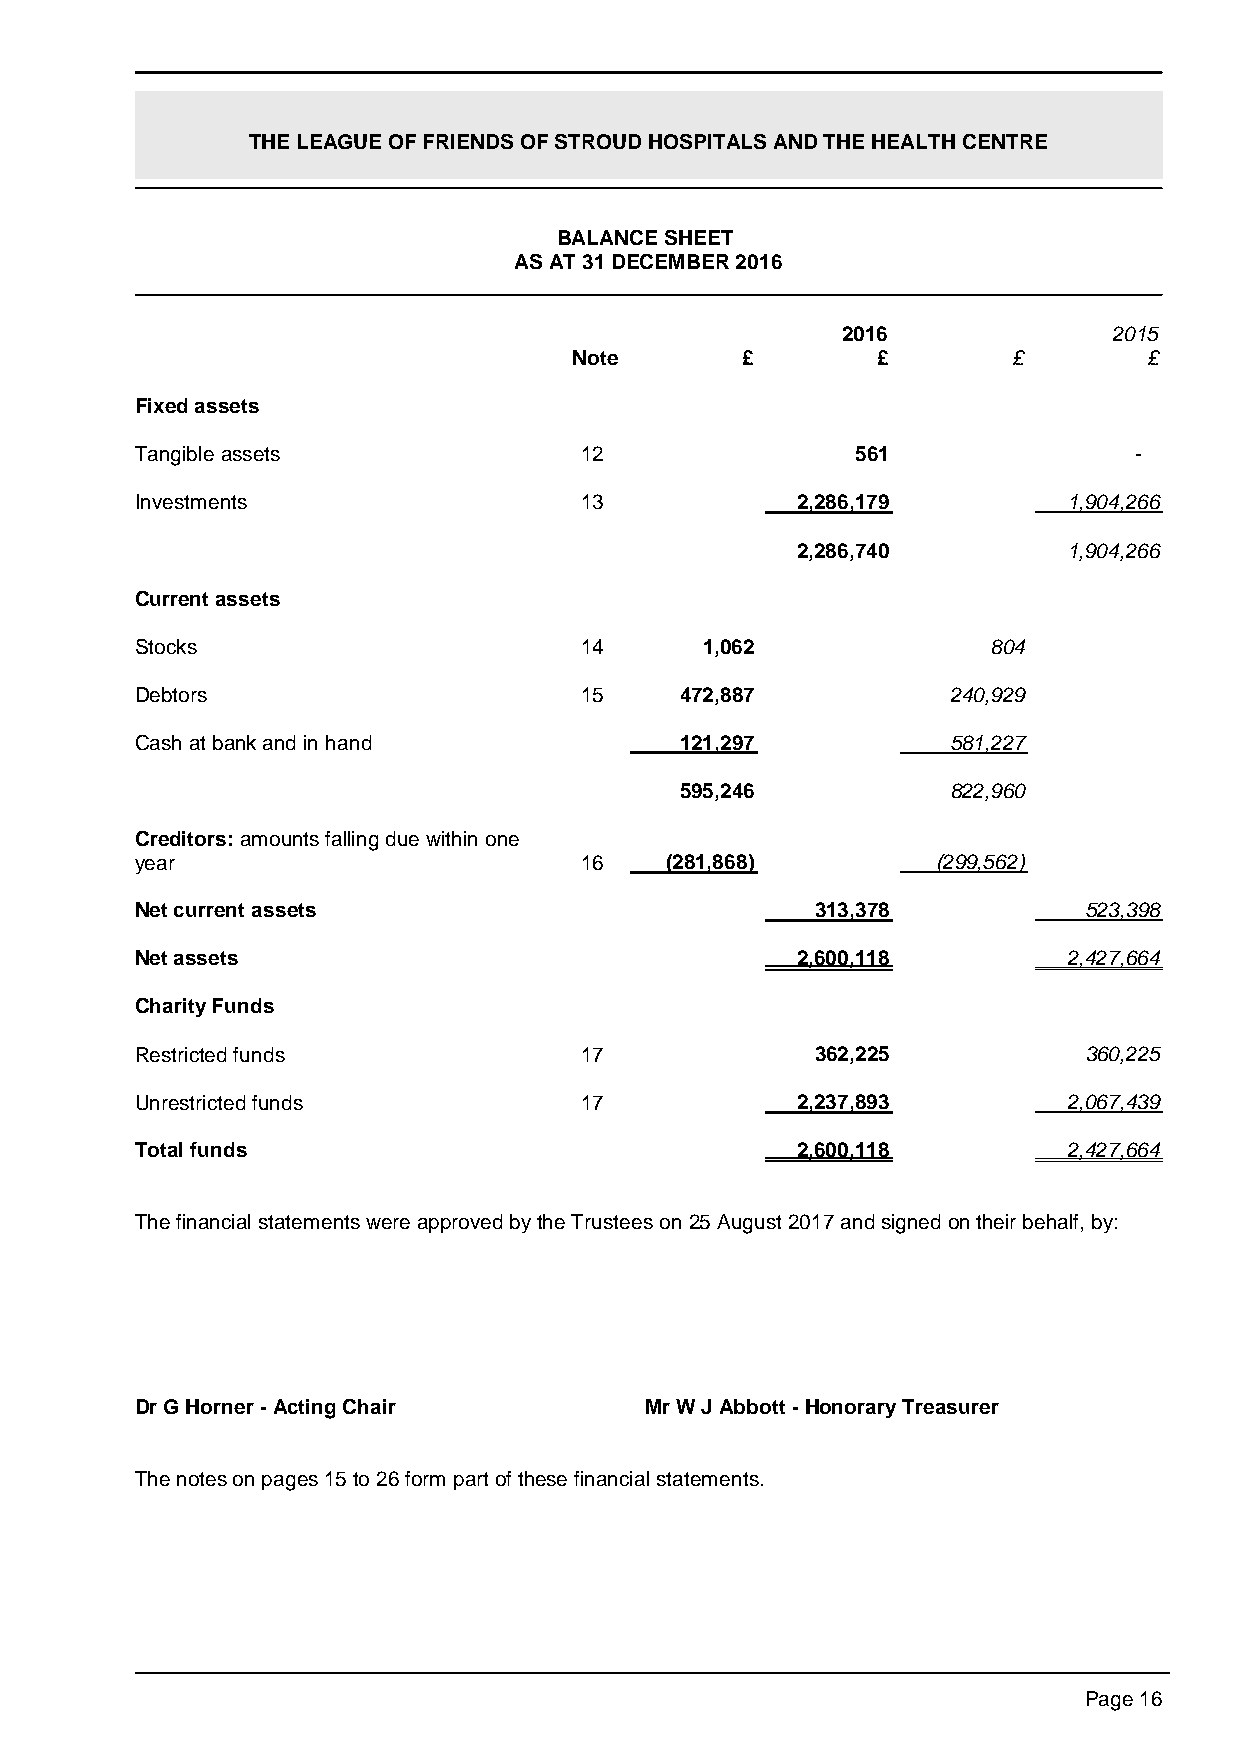
THE LEAGUE OF FRIENDS OF STROUD HOSPITALS AND THE HEALTH CENTRE
 BALANCE SHEET
 AS AT 31 DECEMBER 2016
 2016              2015
 Note       £        £        £        £
 Fixed assets
 Tangible assets              12                 561               -
 Investments                  13             2,286,179         1,904,266
 2,286,740         1,904,266
 Current assets
 Stocks                       14       1,062              804
 Debtors                      15     472,887           240,929
 Cash at bank and in hand            121,297           581,227
 595,246           822,960
 Creditors: amounts falling due within one
 year                         16    (281,868)         (299,562)
 Net current assets                           313,378           523,398
 Net assets                                  2,600,118         2,427,664
 Charity Funds
 Restricted funds             17              362,225           360,225
 Unrestricted funds           17             2,237,893         2,067,439
 Total funds                                 2,600,118         2,427,664
 The financial statements were approved by the Trustees on 25 August 2017 and signed on their behalf, by:
 Dr G Horner - Acting Chair        Mr W J Abbott - Honorary Treasurer
 The notes on pages 15 to 26 form part of these financial statements.
 Page 16